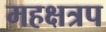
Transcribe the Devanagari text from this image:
महक्षत्रप